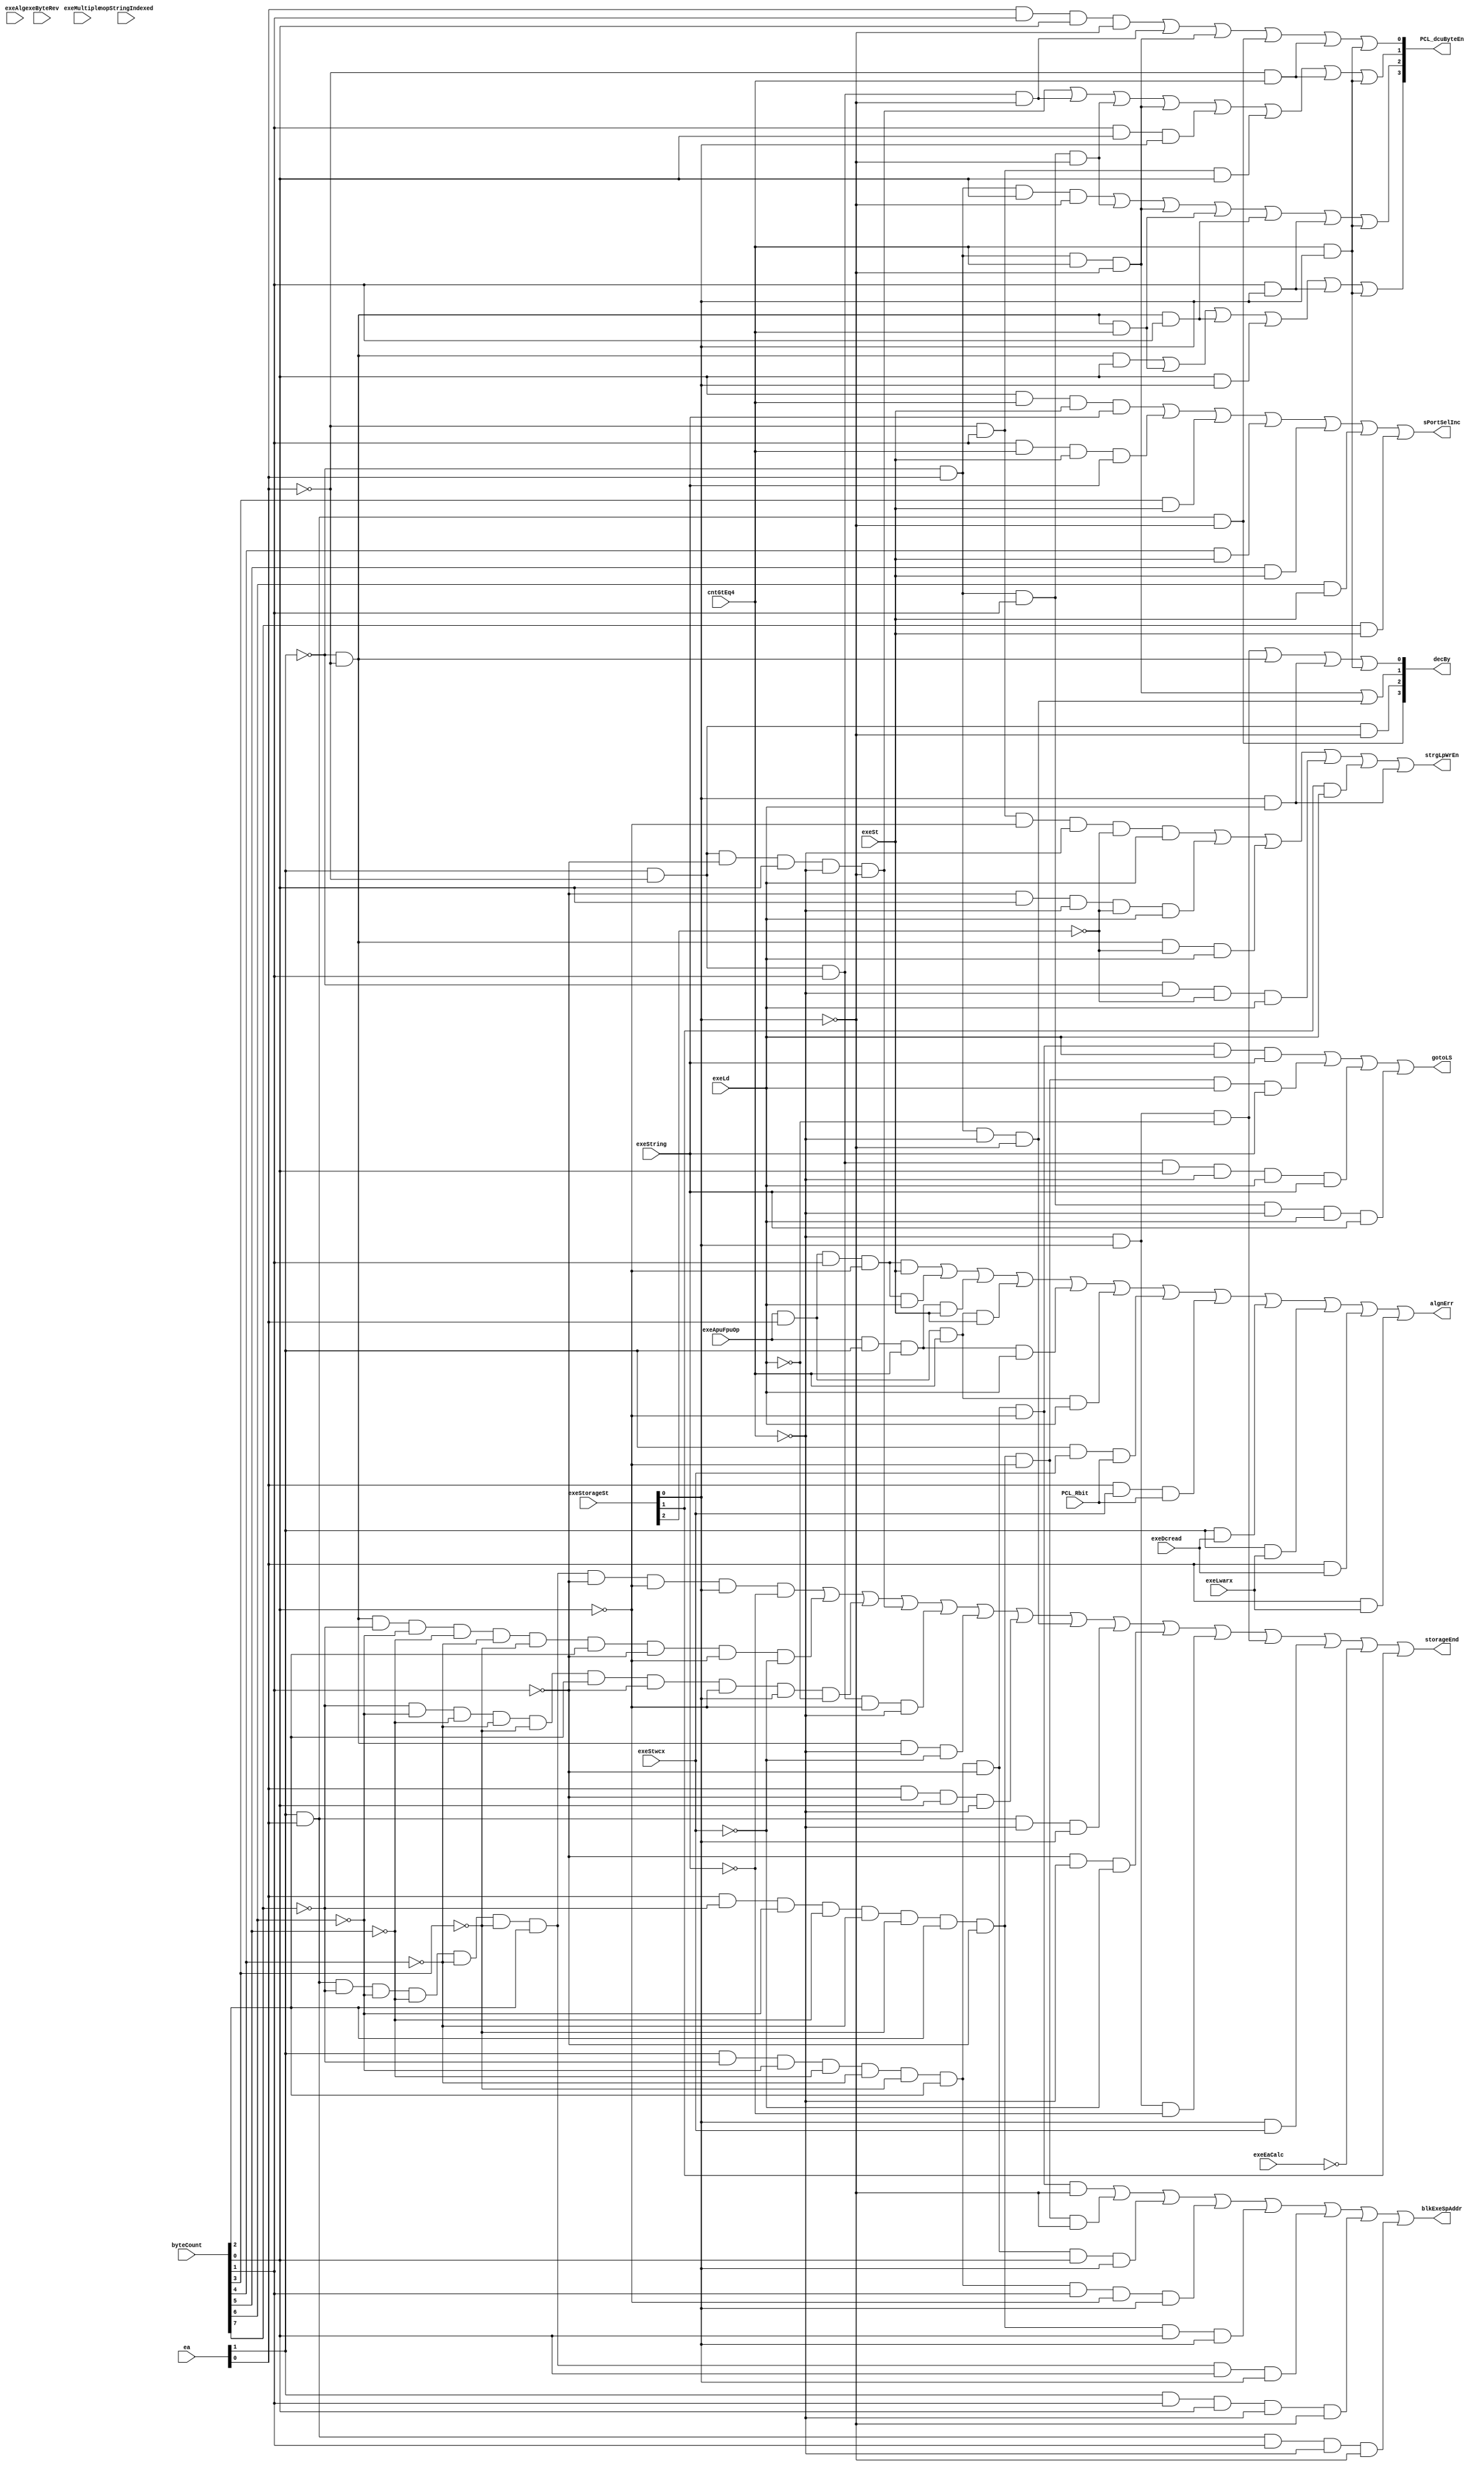
// 
// ************************************************************************** 
// 
//  Copyright (c) International Business Machines Corporation, 2005. 
// 
//  This file contains trade secrets and other proprietary and confidential 
//  information of International Business Machines Corporation which are 
//  protected by copyright and other intellectual property rights and shall 
//  not be reproduced, transferred to other documents, disclosed to others, 
//  or used for any purpose except as specifically authorized in writing by 
//  International Business Machines Corporation. This notice must be 
//  contained as part of this text at all times. 
// 
// ************************************************************************** 
//
//  from espresso format file on Tue Dec 15 20:14:55 EST 1998
// modulename is storageCntlPla
// input file is storageCntlPla.pers
// output file is storageCntlPla.v
// espresso will be called.
// ######################
// #                    #
// #  storage control   #
// #                    #
// ######################
// # the types are:
// #.f    ones=1 , zero= comp ones, dcs = null
// #        this is like a regular PLA
// #.fd   dcs = -, ones = 1 without -, zero = comp(dcs union ones)
// #        all unlisted input combinations produce a 0 output
// #        note that if an output is covered by both a - and 1, it is -
// #.fr   ones = 1, zero=0, dcs= comp(ones union zero)
// #        all unlisted input combinations are don't cares
// #        note that if an output is covered by both a 0 and 1, it is error
// #.fdr  ones = 1, zero=0, dcs=-
// #        all unlisted input combinations are ?
// #        does not say what happens if overlapping covers
// #
// # ~ in an output position means don't consider this line in generating this output.
// # synopsys does:
// #     read pla
// #     set current design
// # normally include:
//
// ##
// #
// .outputnames PCL_dcuByteEn[0:3] decBy[0:3] strgLpWrEn
// .outputnames gotoLS storageEnd sPortSelInc blkExeSpAddr algnErr
// .inputnames  exeApuFpuOp ea[0:1] byteCount[0:7] cntGtEq4 exeStorageSt[0:2]
// .inputnames  exeLd exeSt exeString exeMultiple exeByteRev exeAlg nopStringIndexed
// .inputnames  exeLwarx exeStwcx exeDcread exeEaCalc PCL_Rbit
// .type fd
// .i 27
// .o 14
// #
// #History:
// # 01/15/98 Copied from 401.
// #
// #Notes:
// # 1) During DCD the byteCount reg is loading with its initial value for strings and multiples.
// #    For loads and stores the byteCount reg is loaded with the appropriate count.
// # 2) lwarx,stwcx which are unaligned cause an alignment error.
// # 3) Non-word aligned dcreads will cause an alignment error.
// # 4) apu load/store which are unaligned cause an alignment error.
// #
// #

// # INPUTS *************************************************** OUTPUTS************************************
// # All signals are EXE stage
// #e                                                                                     b
// #x                                        n                                            l
// #e                                     A  o        e  e                                k
// #A                               M     l  p  e  e  x  x  P                          S  E
// #p                               u  B  g  S  x  x  c  e  C                          P  x
// #u               C            S  l  y  e  t  e  e  D  E  L                          M  e
// #F               n            t  t  t  b  r  L  S  c  a  _                          u  S
// #p               t  exe       r  i  e  r  I  w  t  r  C  R    DCU                   x  p  a
// #u EXE Byte      >  Strge Ld  i  p  R  a  n  a  w  e  a  b    Byte  Dec  Strg    E  S  A  l
// #O EA  Count     =  State St  n  l  e  i  d  r  c  a  l  i    En    by   Lp   gt n  e  d  g
// #P 01  01234567  4  012   LS  g  e  v  c  x  x  x  d  c  t    0123  1234 WrEn LS d  l  r  n
// #  --  --------  -  ---   --  -  -  -  -  -  -  -  -  -  -  * ----  ----  -   -  -  -  -  -
// #  Byte Enables
// #EA=00 C0-C1
// -  00  ------01  0  ---   --  -  -  -  -  -  -  -  -  -  -    1000  ~~~~  ~   ~  ~  ~  ~  ~   # count = 1
// -  00  ------10  0  ---   --  -  -  -  -  -  -  -  -  -  -    1100  ~~~~  ~   ~  ~  ~  ~  ~   # count = 2
// -  00  ------11  0  ---   --  -  -  -  -  -  -  -  -  -  -    1110  ~~~~  ~   ~  ~  ~  ~  ~   # count = 3
// -  00  --------  1  ---   --  -  -  -  -  -  -  -  -  -  -    1111  ~~~~  ~   ~  ~  ~  ~  ~   # count >= 4
// #EA=01 C0
// -  01  ------01  0  --0   --  -  -  -  -  -  -  -  -  -  -    0100  ~~~~  ~   ~  ~  ~  ~  ~   # count = 1
// -  01  ------10  0  --0   --  -  -  -  -  -  -  -  -  -  -    0110  ~~~~  ~   ~  ~  ~  ~  ~   # count = 2
// -  01  ------11  -  --0   --  -  -  -  -  -  -  -  -  -  -    0111  ~~~~  ~   ~  ~  ~  ~  ~   # count = 3
// -  01  --------  1  --0   --  -  -  -  -  -  -  -  -  -  -    0111  ~~~~  ~   ~  ~  ~  ~  ~   # count >= 4
// #EA=10 C0
// -  10  ------01  0  --0   --  -  -  -  -  -  -  -  -  -  -    0010  ~~~~  ~   ~  ~  ~  ~  ~   # count = 1
// -  10  ------1-  -  --0   --  -  -  -  -  -  -  -  -  -  -    0011  ~~~~  ~   ~  ~  ~  ~  ~   # count = 2,3
// -  10  --------  1  --0   --  -  -  -  -  -  -  -  -  -  -    0011  ~~~~  ~   ~  ~  ~  ~  ~   # count >= 4
// #EA=11 C0
// -  11  --------  -  --0   --  -  -  -  -  -  -  -  -  -  -    0001  ~~~~  ~   ~  ~  ~  ~  ~   # any count
// #any EA C1
// -  --  ------01  0  --1   --  -  -  -  -  -  -  -  -  -  -    1000  ~~~~  ~   ~  ~  ~  ~  ~   # count = 1
// -  --  ------10  0  --1   --  -  -  -  -  -  -  -  -  -  -    1100  ~~~~  ~   ~  ~  ~  ~  ~   # count = 2
// -  --  ------11  0  --1   --  -  -  -  -  -  -  -  -  -  -    1110  ~~~~  ~   ~  ~  ~  ~  ~   # count = 3
// -  --  --------  1  --1   --  -  -  -  -  -  -  -  -  -  -    1111  ~~~~  ~   ~  ~  ~  ~  ~   # count >= 4
// #
// #

// # INPUTS *************************************************** OUTPUTS*************************************
// # All signals are EXE stage
// #e                                                                                     b
// #x                                        n                                            l
// #e                                     A  o        e  e                                k
// #A                               M     l  p  e  e  x  x  P                          S  E
// #p                               u  B  g  S  x  x  c  e  C                          P  x
// #u               C            S  l  y  e  t  e  e  D  E  L                          M  e
// #F               n            t  t  t  b  r  L  S  c  a  _                          u  S
// #p               t  exe       r  i  e  r  I  w  t  r  C  R    DCU                   x  p  a
// #u EXE Byte      >  Strge Ld  i  p  R  a  n  a  w  e  a  b    Byte  Dec  strg    E  S  A  l
// #O EA  Count     =  State St  n  l  e  i  d  r  c  a  l  i    En    by   Lp   gt n  e  d  g
// #P 01  01234567  4  012   LS  g  e  v  c  x  x  x  d  c  t    0123  1234 WrEn LS d  l  r  n
// #  --  --------  -  ---   --  -  -  -  -  -  -  -  -  -  -  * ----  ----  -   -  -  -  -  -
// #  decrement determination
// -  --  --------  -  --1   --  -  -  -  -  -  -  -  -  -  -    ~~~~  0001  ~   ~  ~  ~  ~  ~   # exeC1
// #  EA=00
// -  00  --------  -  --0   --  -  -  -  -  -  -  -  -  -  -    ~~~~  0001  ~   ~  ~  ~  ~  ~   # exeC0
// #  EA=01
// -  01  --------  -  --0   --  -  -  -  -  -  -  -  -  -  -    ~~~~  0010  ~   ~  ~  ~  ~  ~   # exeC0
// #  EA=10
// -  10  --------  -  --0   --  -  -  -  -  -  -  -  -  -  -    ~~~~  0100  ~   ~  ~  ~  ~  ~   # exeC0
// #  EA=11
// -  11  --------  -  --0   --  -  -  -  -  -  -  -  -  -  -    ~~~~  1000  ~   ~  ~  ~  ~  ~   # exeC0
// #
// #  StrgLpWrEn
// -  00  --------  -  0-0   1-  -  -  -  -  -  -  -  -  -  -    ~~~~  ~~~~  1   ~  ~  ~  ~  ~   # any count
// -  01  --------  0  0-0   1-  -  -  -  -  -  -  -  -  -  -    ~~~~  ~~~~  1   ~  ~  ~  ~  ~   # count = 1,2,3
// -  10  ------01  0  0-0   1-  -  -  -  -  -  -  -  -  -  -    ~~~~  ~~~~  1   ~  ~  ~  ~  ~   # count = 1
// -  10  ------10  0  0-0   1-  -  -  -  -  -  -  -  -  -  -    ~~~~  ~~~~  1   ~  ~  ~  ~  ~   # count = 2
// -  11  ------01  0  0-0   1-  -  -  -  -  -  -  -  -  -  -    ~~~~  ~~~~  1   ~  ~  ~  ~  ~   # count = 1
// -  --  --------  -  --1   1-  -  -  -  -  -  -  -  -  -  -    ~~~~  ~~~~  1   ~  ~  ~  ~  ~   # any count
// -  --  --------  -  -1-   1-  -  -  -  -  -  -  -  -  -  -    ~~~~  ~~~~  1   ~  ~  ~  ~  ~   # any count
// #  Goto LS state
// #EA=01
// -  01  ------10  0  ---   1-  1  -  -  -  -  -  -  -  -  -    ~~~~  ~~~~  ~   1  ~  ~  ~  ~   # Goto LS.
// -  01  ------11  0  ---   1-  1  -  -  -  -  -  -  -  -  -    ~~~~  ~~~~  ~   1  ~  ~  ~  ~   # Goto LS.
// -  01  00000100  -  ---   1-  1  -  -  -  -  -  -  -  -  -    ~~~~  ~~~~  ~   1  ~  ~  ~  ~   # Goto LS.
// #EA=10
// -  10  ------11  0  ---   1-  1  -  -  -  -  -  -  -  -  -    ~~~~  ~~~~  ~   1  ~  ~  ~  ~   # Goto LS.
// -  10  00000100  -  ---   1-  1  -  -  -  -  -  -  -  -  -    ~~~~  ~~~~  ~   1  ~  ~  ~  ~   # Goto LS.
// #EA=11
// -  11  00000100  -  ---   1-  1  -  -  -  -  -  -  -  -  -    ~~~~  ~~~~  ~   1  ~  ~  ~  ~   # Goto LS.
// #

// # INPUTS **************************************************** OUTPUTS**************************************
// # All signals are EXE stage
// #e                                                                                     b
// #x                                        n                                            l
// #e                                     A  o        e  e                                k
// #A                               M     l  p  e  e  x  x  P                          S  E
// #p                               u  B  g  S  x  x  c  e  C                          P  x
// #u               C            S  l  y  e  t  e  e  D  E  L                          M  e
// #F               n            t  t  t  b  r  L  S  c  a  _                          u  S
// #p               t  exe       r  i  e  r  I  w  t  r  C  R    DCU                   x  p  a
// #u EXE Byte      >  Strge Ld  i  p  R  a  n  a  w  e  a  b    Byte  Dec  strg    E  S  A  l
// #O EA  Count     =  State St  n  l  e  i  d  r  c  a  l  i    En    by   Lp   gt n  e  d  g
// #P 01  01234567  4  012   LS  g  e  v  c  x  x  x  d  c  t    0123  1234 WrEn LS d  l  r  n
// #  --  --------  -  ---   --  -  -  -  -  -  -  -  -  -  -  * ----  ----  -   -  -  -  -  -
// #  End detection
// # Anytime LS state then End
// -  --  --------  -  -1-   --  -  -  -  -  -  -  -  -  -  -    ~~~~  ~~~~  ~   ~  1  ~  ~  ~   # Last cycle.
// # Anytime No exeEaCalc then End
// -  --  --------  -  ---   --  -  -  -  -  -  -  -  -  0  -    ~~~~  ~~~~  ~   ~  1  ~  ~  ~   # Last cycle.
// #  Anytime C0 and STWRX go to C1.
// -  --  --------  -  --0   --  -  -  -  -  -  -  1  -  -  -    ~~~~  ~~~~  ~   ~  0  ~  ~  ~   # Goto exeC1.
// -  --  --------  -  --1   --  -  -  -  -  -  -  1  -  -  -    ~~~~  ~~~~  ~   ~  1  ~  ~  ~   # Goto exeC0.
// #  Anytime count=0 then End (only occurs with strings)
// -  --  ------00  0  ---   --  -  -  -  -  -  -  0  -  -  -    ~~~~  ~~~~  ~   ~  1  ~  ~  ~   # Last cycle.
// #EA=00
// -  00  00000100  -  ---   --  -  -  -  -  -  -  0  -  -  -    ~~~~  ~~~~  ~   ~  1  ~  ~  ~   # Last cycle.
// -  00  --------  0  ---   --  -  -  -  -  -  -  0  -  -  -    ~~~~  ~~~~  ~   ~  1  ~  ~  ~   # Last cycle.
// #EA=01 C0,C1 count < 4 NOT ld string (To avoid LS state)
// -  01  --------  0  ---   --  0  -  -  -  -  -  -  -  -  -    ~~~~  ~~~~  ~   ~  1  ~  ~  ~   # Last cycle.
// -  01  --------  0  ---   0-  -  -  -  -  -  -  -  -  -  -    ~~~~  ~~~~  ~   ~  1  ~  ~  ~   # Last cycle.
// #EA=01 C1 count = 4 NOT ld string (To avoid LS state)
// -  01  00000100  -  --1   0-  -  -  -  -  -  -  -  -  -  -    ~~~~  ~~~~  ~   ~  1  ~  ~  ~   # Last cycle.
// #EA=01 C0 count < 4 ld string
// -  01  --------  0  --0   --  -  -  -  -  -  -  -  -  -  -    ~~~~  ~~~~  ~   ~  1  ~  ~  ~   # Last cycle.
// #EA=01 C1 count = 1 ld string
// -  01  ------01  0  --1   --  -  -  -  -  -  -  -  -  -  -    ~~~~  ~~~~  ~   ~  1  ~  ~  ~   # Last cycle.
// #EA=10 C0 count < 3 (Includes ld string)  See above for count=0 case.
// -  10  ------01  0  --0   --  -  -  -  -  -  -  -  -  -  -    ~~~~  ~~~~  ~   ~  1  ~  ~  ~   # Last cycle.
// -  10  ------10  0  --0   --  -  -  -  -  -  -  -  -  -  -    ~~~~  ~~~~  ~   ~  1  ~  ~  ~   # Last cycle.
// #EA=10 C1 count <= 4 NOT ld string (To avoid LS state)
// -  10  --------  0  --1   --  0  -  -  -  -  -  -  -  -  -    ~~~~  ~~~~  ~   ~  1  ~  ~  ~   # Last cycle.
// -  10  --------  0  --1   0-  -  -  -  -  -  -  -  -  -  -    ~~~~  ~~~~  ~   ~  1  ~  ~  ~   # Last cycle.
// -  10  00000100  -  --1   0-  -  -  -  -  -  -  -  -  -  -    ~~~~  ~~~~  ~   ~  1  ~  ~  ~   # Last cycle.
// #EA=10 C1 count < 3 ld string  See above for count=0 case.
// -  10  ------01  0  --1   --  -  -  -  -  -  -  -  -  -  -    ~~~~  ~~~~  ~   ~  1  ~  ~  ~   # Last cycle.
// -  10  ------10  0  --1   --  -  -  -  -  -  -  -  -  -  -    ~~~~  ~~~~  ~   ~  1  ~  ~  ~   # Last cycle.
// #EA=11 C0,C1 count = 1 (Includes ld string) See above for count=0 case.
// -  11  ------01  0  ---   --  -  -  -  -  -  -  -  -  -  -    ~~~~  ~~~~  ~   ~  1  ~  ~  ~   # Last cycle.
// #EA=11 C1 count < 4 (Includes ld string)
// -  11  --------  0  --1   --  -  -  -  -  -  -  -  -  -  -    ~~~~  ~~~~  ~   ~  1  ~  ~  ~   # Last cycle.
// #EA=11 C1 count = 4 NOT ld string (To avoid LS state)
// -  11  00000100  -  --1   --  0  -  -  -  -  -  -  -  -  -    ~~~~  ~~~~  ~   ~  1  ~  ~  ~   # Last cycle.
// -  11  00000100  -  --1   0-  -  -  -  -  -  -  -  -  -  -    ~~~~  ~~~~  ~   ~  1  ~  ~  ~   # Last cycle.
// #

// # INPUTS **************************************************** OUTPUTS**************************************
// # All signals are EXE stage
// #e                                                                                     b
// #x                                        n                                            l
// #e                                     A  o        e  e                                k
// #A                               M     l  p  e  e  x  x  P                          S  E
// #p                               u  B  g  S  x  x  c  e  C                          P  x
// #u               C            S  l  y  e  t  e  e  D  E  L                          M  e
// #F               n            t  t  t  b  r  L  S  c  a  _                          u  S
// #p               t  exe       r  i  e  r  I  w  t  r  C  R    DCU                   x  p  a
// #u EXE Byte      >  Strge Ld  i  p  R  a  n  a  w  e  a  b    Byte  Dec  strg    E  S  A  l
// #O EA  Count     =  State St  n  l  e  i  d  r  c  a  l  i    En    by   Lp   gt n  e  d  g
// #P 01  01234567  4  012   LS  g  e  v  c  x  x  x  d  c  t    0123  1234 WrEn LS d  l  r  n
// #  --  --------  -  ---   --  -  -  -  -  -  -  -  -  -  -  * ----  ----  -   -  -  -  -  -
// #
// #  SPort Addr Mux Control
// #C0orC1 count = 5,6,7 st string
// -  --  -------1  1  ---   -1  1  -  -  -  -  -  -  -  -  -    ~~~~  ~~~~  ~   ~  ~  1  ~  ~   # Sel Incr RS address
// -  --  ------1-  1  ---   -1  1  -  -  -  -  -  -  -  -  -    ~~~~  ~~~~  ~   ~  ~  1  ~  ~   # Sel Incr RS address
// #C0orC1 count >= 8 st multiple and st string
// -  --  ----1---  -  ---   -1  -  -  -  -  -  -  -  -  -  -    ~~~~  ~~~~  ~   ~  ~  1  ~  ~   # Sel Incr RS address
// -  --  ---1----  -  ---   -1  -  -  -  -  -  -  -  -  -  -    ~~~~  ~~~~  ~   ~  ~  1  ~  ~   # Sel Incr RS address
// -  --  --1-----  -  ---   -1  -  -  -  -  -  -  -  -  -  -    ~~~~  ~~~~  ~   ~  ~  1  ~  ~   # Sel Incr RS address
// -  --  -1------  -  ---   -1  -  -  -  -  -  -  -  -  -  -    ~~~~  ~~~~  ~   ~  ~  1  ~  ~   # Sel Incr RS address
// -  --  1-------  -  ---   -1  -  -  -  -  -  -  -  -  -  -    ~~~~  ~~~~  ~   ~  ~  1  ~  ~   # Sel Incr RS address
// # blkExeSpAddr
// -  01  00000100  -  --0   --  -  -  -  -  -  -  -  -  -  -    ~~~~  ~~~~  ~   ~  ~  ~  1  ~   # EA=01 & C0 & BC=4
// -  10  ------11  0  --0   --  -  -  -  -  -  -  -  -  -  -    ~~~~  ~~~~  ~   ~  ~  ~  1  ~   # EA=10 & C0 & BC=3
// -  10  00000100  -  --0   --  -  -  -  -  -  -  -  -  -  -    ~~~~  ~~~~  ~   ~  ~  ~  1  ~   # EA=10 & C0 & BC=4
// -  11  ------10  0  --0   --  -  -  -  -  -  -  -  -  -  -    ~~~~  ~~~~  ~   ~  ~  ~  1  ~   # EA=11 & C0 & BC=2
// -  11  ------11  0  --0   --  -  -  -  -  -  -  -  -  -  -    ~~~~  ~~~~  ~   ~  ~  ~  1  ~   # EA=11 & C0 & BC=3
// -  11  00000100  -  --0   --  -  -  -  -  -  -  -  -  -  -    ~~~~  ~~~~  ~   ~  ~  ~  1  ~   # EA=11 & C0 & BC=4
// -  01  00000101  -  --1   --  -  -  -  -  -  -  -  -  -  -    ~~~~  ~~~~  ~   ~  ~  ~  1  ~   # EA=01 & C1 & BC=5
// -  10  00000101  -  --1   --  -  -  -  -  -  -  -  -  -  -    ~~~~  ~~~~  ~   ~  ~  ~  1  ~   # EA=10 & C1 & BC=5
// -  10  00000110  -  --1   --  -  -  -  -  -  -  -  -  -  -    ~~~~  ~~~~  ~   ~  ~  ~  1  ~   # EA=10 & C1 & BC=6
// -  11  00000101  -  --1   --  -  -  -  -  -  -  -  -  -  -    ~~~~  ~~~~  ~   ~  ~  ~  1  ~   # EA=11 & C1 & BC=5
// -  11  00000110  -  --1   --  -  -  -  -  -  -  -  -  -  -    ~~~~  ~~~~  ~   ~  ~  ~  1  ~   # EA=11 & C1 & BC=6
// -  11  00000111  -  --1   --  -  -  -  -  -  -  -  -  -  -    ~~~~  ~~~~  ~   ~  ~  ~  1  ~   # EA=11 & C1 & BC=7
// #

// # INPUTS **************************************************** OUTPUTS**************************************
// # All signals are EXE stage
// #e                                                                                     b
// #x                                        n                                            l
// #e                                     A  o        e  e                                k
// #A                               M     l  p  e  e  x  x  P                          S  E
// #p                               u  B  g  S  x  x  c  e  C                          P  x
// #u               C            S  l  y  e  t  e  e  D  E  L                          M  e
// #F               n            t  t  t  b  r  L  S  c  a  _                          u  S
// #p               t  exe       r  i  e  r  I  w  t  r  C  R    DCU                   x  p  a
// #u DB  Byte      >  Strge Ld  i  p  R  a  n  a  w  e  a  b    Byte  Dec  strg    E  S  A  l
// #O EA  Count     =  State St  n  l  e  i  d  r  c  a  l  i    En    by   Lp   gt n  e  d  g
// #P 01  01234567  4  012   LS  g  e  v  c  x  x  x  d  c  t    0123  1234 WrEn LS d  l  r  n
// #  --  --------  -  ---   --  -  -  -  -  -  -  -  -  -  -  * ----  ----  -   -  -  -  -  -
// #  Alignment Errors
// -  -1  --------  -  ---   --  -  -  -  -  -  1  -  -  -  -    ~~~~  ~~~~  ~   ~  ~  ~  ~  1   # lwarx algnErr (Note2)
// -  1-  --------  -  ---   --  -  -  -  -  -  1  -  -  -  -    ~~~~  ~~~~  ~   ~  ~  ~  ~  1   # lwarx algnErr (Note2)
// -  -1  --------  -  ---   --  -  -  -  -  -  -  1  -  -  1    ~~~~  ~~~~  ~   ~  ~  ~  ~  1   # stwcx algnErr (Note2)
// -  1-  --------  -  ---   --  -  -  -  -  -  -  1  -  -  1    ~~~~  ~~~~  ~   ~  ~  ~  ~  1   # stwcx algnErr (Note2)
// -  -1  --------  -  ---   --  -  -  -  -  -  -  -  1  -  -    ~~~~  ~~~~  ~   ~  ~  ~  ~  1   # dcread algnErr (Note3)
// -  1-  --------  -  ---   --  -  -  -  -  -  -  -  1  -  -    ~~~~  ~~~~  ~   ~  ~  ~  ~  1   # dcread algnErr (Note3)
// 1  -1  ------10  -  ---   1-  -  -  -  -  -  -  -  -  -  -    ~~~~  ~~~~  ~   ~  ~  ~  ~  1   # APU unalgn ld hw (Note4)
// 1  -1  ------10  -  ---   -1  -  -  -  -  -  -  -  -  -  -    ~~~~  ~~~~  ~   ~  ~  ~  ~  1   # APU unalgn st hw (Note4)
// 1  -1  --------  1  ---   1-  -  -  -  -  -  -  -  -  -  -    ~~~~  ~~~~  ~   ~  ~  ~  ~  1   # APU unalgn ld wd/dw (Note4)
// 1  1-  --------  1  ---   1-  -  -  -  -  -  -  -  -  -  -    ~~~~  ~~~~  ~   ~  ~  ~  ~  1   # APU unalgn ld wd/dw (Note4)
// 1  -1  --------  1  ---   -1  -  -  -  -  -  -  -  -  -  -    ~~~~  ~~~~  ~   ~  ~  ~  ~  1   # APU unalgn st wd/dw (Note4)
// 1  1-  --------  1  ---   -1  -  -  -  -  -  -  -  -  -  -    ~~~~  ~~~~  ~   ~  ~  ~  ~  1   # APU unalgn st wd/dw (Note4)
module p405s_storageCntlPla (
PCL_dcuByteEn,
decBy,
strgLpWrEn,
gotoLS,
storageEnd,
sPortSelInc,
blkExeSpAddr,
algnErr,
exeApuFpuOp,
ea,
byteCount,
cntGtEq4,
exeStorageSt,
exeLd,
exeSt,
exeString,
exeMultiple,
exeByteRev,
exeAlg,
nopStringIndexed,
exeLwarx,
exeStwcx,
exeDcread,
exeEaCalc,
PCL_Rbit);

output [0:3] PCL_dcuByteEn;
output [0:3] decBy;
output  strgLpWrEn;
output  gotoLS;
output  storageEnd;
output  sPortSelInc;
output  blkExeSpAddr;
output  algnErr;

input  exeApuFpuOp;
input [0:1] ea;
input [0:7] byteCount;
input  cntGtEq4;
input [0:2] exeStorageSt;
input  exeLd;
input  exeSt;
input  exeString;
input  exeMultiple;
input  exeByteRev;
input  exeAlg;
input  nopStringIndexed;
input  exeLwarx;
input  exeStwcx;
input  exeDcread;
input  exeEaCalc;
input  PCL_Rbit;

wire [0:1] not_ea;
wire [0:7] not_byteCount;
wire  not_cntGtEq4;
wire [0:2] not_exeStorageSt;
wire  not_exeLd;
wire  not_exeString;
wire  not_exeStwcx;
wire  not_exeEaCalc;

wire [0:68] pterm;

assign not_ea[0] = ~(ea[0]);
assign not_ea[1] = ~(ea[1]);
assign not_byteCount[0] = ~(byteCount[0]);
assign not_byteCount[1] = ~(byteCount[1]);
assign not_byteCount[2] = ~(byteCount[2]);
assign not_byteCount[3] = ~(byteCount[3]);
assign not_byteCount[4] = ~(byteCount[4]);
assign not_byteCount[6] = ~(byteCount[6]);
assign not_byteCount[7] = ~(byteCount[7]);
assign not_cntGtEq4 = ~(cntGtEq4);
assign not_exeStorageSt[0] = ~(exeStorageSt[0]);
assign not_exeStorageSt[2] = ~(exeStorageSt[2]);
assign not_exeLd = ~(exeLd);
assign not_exeString = ~(exeString);
assign not_exeStwcx = ~(exeStwcx);
assign not_exeEaCalc = ~(exeEaCalc);

// AND array expressions and reprint of all terms
// <0> -1100000100---1--0--------- 00000000001000
assign pterm[0] = (ea[0] & ea[1] & not_byteCount[0] & not_byteCount[1] & 
   not_byteCount[2] & not_byteCount[3] & not_byteCount[4] & byteCount[5] & 
   not_byteCount[6] & not_byteCount[7] & exeStorageSt[2] & not_exeString);
// <1> -1-00000100----1-1--------- 00000000010000
assign pterm[1] = (ea[0] & not_byteCount[0] & not_byteCount[1] & not_byteCount[2] & 
   not_byteCount[3] & not_byteCount[4] & byteCount[5] & not_byteCount[6] & 
   not_byteCount[7] & exeLd & exeString);
// <2> --100000100----1-1--------- 00000000010000
assign pterm[2] = (ea[1] & not_byteCount[0] & not_byteCount[1] & not_byteCount[2] & 
   not_byteCount[3] & not_byteCount[4] & byteCount[5] & not_byteCount[6] & 
   not_byteCount[7] & exeLd & exeString);
// <3> -0000000100------------0--- 00000000001000
assign pterm[3] = (not_ea[0] & not_ea[1] & not_byteCount[0] & not_byteCount[1] & 
   not_byteCount[2] & not_byteCount[3] & not_byteCount[4] & byteCount[5] & 
   not_byteCount[6] & not_byteCount[7] & not_exeStwcx);
// <4> ---00000100---10----------- 00000000001000
assign pterm[4] = (not_byteCount[0] & not_byteCount[1] & not_byteCount[2] & 
   not_byteCount[3] & not_byteCount[4] & byteCount[5] & not_byteCount[6] & 
   not_byteCount[7] & exeStorageSt[2] & not_exeLd);
// <5> -1-00000100---0------------ 00000000000010
assign pterm[5] = (ea[0] & not_byteCount[0] & not_byteCount[1] & not_byteCount[2] & 
   not_byteCount[3] & not_byteCount[4] & byteCount[5] & not_byteCount[6] & 
   not_byteCount[7] & not_exeStorageSt[2]);
// <6> --100000100---0------------ 00000000000010
assign pterm[6] = (ea[1] & not_byteCount[0] & not_byteCount[1] & not_byteCount[2] & 
   not_byteCount[3] & not_byteCount[4] & byteCount[5] & not_byteCount[6] & 
   not_byteCount[7] & not_exeStorageSt[2]);
// <7> -1-00000101---1------------ 00000000000010
assign pterm[7] = (ea[0] & not_byteCount[0] & not_byteCount[1] & not_byteCount[2] & 
   not_byteCount[3] & not_byteCount[4] & byteCount[5] & not_byteCount[6] & 
   byteCount[7] & exeStorageSt[2]);
// <8> -1-00000110---1------------ 00000000000010
assign pterm[8] = (ea[0] & not_byteCount[0] & not_byteCount[1] & not_byteCount[2] & 
   not_byteCount[3] & not_byteCount[4] & byteCount[5] & byteCount[6] & 
   not_byteCount[7] & exeStorageSt[2]);
// <9> --100000101---1------------ 00000000000010
assign pterm[9] = (ea[1] & not_byteCount[0] & not_byteCount[1] & not_byteCount[2] & 
   not_byteCount[3] & not_byteCount[4] & byteCount[5] & not_byteCount[6] & 
   byteCount[7] & exeStorageSt[2]);
// <10> -11000001-1---1------------ 00000000000010
assign pterm[10] = (ea[0] & ea[1] & not_byteCount[0] & not_byteCount[1] & 
   not_byteCount[2] & not_byteCount[3] & not_byteCount[4] & byteCount[5] & 
   byteCount[7] & exeStorageSt[2]);
// <11> -10------110---1-1--------- 00000000010000
assign pterm[11] = (ea[0] & not_ea[1] & byteCount[6] & byteCount[7] & not_cntGtEq4 & 
   exeLd & exeString);
// <12> --0------1000--1----------- 00000000100000
assign pterm[12] = (not_ea[1] & byteCount[6] & not_byteCount[7] & not_cntGtEq4 & 
   not_exeStorageSt[0] & exeLd);
// <13> -01------1-0---1-1--------- 00000000010000
assign pterm[13] = (not_ea[0] & ea[1] & byteCount[6] & not_cntGtEq4 & exeLd & 
   exeString);
// <14> -10------010--0------------ 00100000001000
assign pterm[14] = (ea[0] & not_ea[1] & not_byteCount[6] & byteCount[7] & not_cntGtEq4 & 
   not_exeStorageSt[2]);
// <15> ---------0100--1----------- 00000000100000
assign pterm[15] = (not_byteCount[6] & byteCount[7] & not_cntGtEq4 & 
   not_exeStorageSt[0] & exeLd);
// <16> 1-1------10-----1---------- 00000000000001
assign pterm[16] = (exeApuFpuOp & ea[1] & byteCount[6] & not_byteCount[7] & exeSt);
// <17> 1-1------10----1----------- 00000000000001
assign pterm[17] = (exeApuFpuOp & ea[1] & byteCount[6] & not_byteCount[7] & exeLd);
// <18> -1-------110--0------------ 00000000000010
assign pterm[18] = (ea[0] & byteCount[6] & byteCount[7] & not_cntGtEq4 & 
   not_exeStorageSt[2]);
// <19> -10------100--------------- 00000000001000
assign pterm[19] = (ea[0] & not_ea[1] & byteCount[6] & not_byteCount[7] & 
   not_cntGtEq4);
// <20> -11------1-0--0------------ 00000000000010
assign pterm[20] = (ea[0] & ea[1] & byteCount[6] & not_cntGtEq4 & 
   not_exeStorageSt[2]);
// <21> ----------11----11--------- 00000000000100
assign pterm[21] = (byteCount[7] & cntGtEq4 & exeSt & exeString);
// <22> ---------1-1----11--------- 00000000000100
assign pterm[22] = (byteCount[6] & cntGtEq4 & exeSt & exeString);
// <23> -00---------0--1----------- 00000000100000
assign pterm[23] = (not_ea[0] & not_ea[1] & not_exeStorageSt[0] & exeLd);
// <24> -0---------00--1----------- 00000000100000
assign pterm[24] = (not_ea[0] & not_cntGtEq4 & not_exeStorageSt[0] & exeLd);
// <25> 11---------1----1---------- 00000000000001
assign pterm[25] = (exeApuFpuOp & ea[0] & cntGtEq4 & exeSt);
// <26> 1-1--------1----1---------- 00000000000001
assign pterm[26] = (exeApuFpuOp & ea[1] & cntGtEq4 & exeSt);
// <27> 11---------1---1----------- 00000000000001
assign pterm[27] = (exeApuFpuOp & ea[0] & cntGtEq4 & exeLd);
// <28> -00--------0-----------0--- 00000000001000
assign pterm[28] = (not_ea[0] & not_ea[1] & not_cntGtEq4 & not_exeStwcx);
// <29> 1-1--------1---1----------- 00000000000001
assign pterm[29] = (exeApuFpuOp & ea[1] & cntGtEq4 & exeLd);
// <30> -01-------1---0------------ 01000000000000
assign pterm[30] = (not_ea[0] & ea[1] & byteCount[7] & not_exeStorageSt[2]);
// <31> --1------11---0------------ 00010000000000
assign pterm[31] = (ea[1] & byteCount[6] & byteCount[7] & not_exeStorageSt[2]);
// <32> -10------1----0------------ 00110000000000
assign pterm[32] = (ea[0] & not_ea[1] & byteCount[6] & not_exeStorageSt[2]);
// <33> -01------1----0------------ 01100000000000
assign pterm[33] = (not_ea[0] & ea[1] & byteCount[6] & not_exeStorageSt[2]);
// <34> -01--------1--0------------ 01110010000000
assign pterm[34] = (not_ea[0] & ea[1] & cntGtEq4 & not_exeStorageSt[2]);
// <35> --1------010--------------- 00000000001000
assign pterm[35] = (ea[1] & not_byteCount[6] & byteCount[7] & not_cntGtEq4);
// <36> -01--------0--0------------ 00000010001000
assign pterm[36] = (not_ea[0] & ea[1] & not_cntGtEq4 & not_exeStorageSt[2]);
// <37> -11--------0--1------------ 00000000001000
assign pterm[37] = (ea[0] & ea[1] & not_cntGtEq4 & exeStorageSt[2]);
// <38> -1---------------------1--1 00000000000001
assign pterm[38] = (ea[0] & exeStwcx & PCL_Rbit);
// <39> --1--------------------1--1 00000000000001
assign pterm[39] = (ea[1] & exeStwcx & PCL_Rbit);
// <40> ---------0-0-----------0--- 00000000001000
assign pterm[40] = (not_byteCount[6] & not_cntGtEq4 & not_exeStwcx);
// <41> -----------0--1--0--------- 00000000001000
assign pterm[41] = (not_cntGtEq4 & exeStorageSt[2] & not_exeString);
// <42> -00-------1---------------- 10000000000000
assign pterm[42] = (not_ea[0] & not_ea[1] & byteCount[7]);
// <43> -10-----------0------------ 00000100000000
assign pterm[43] = (ea[0] & not_ea[1] & not_exeStorageSt[2]);
// <44> -00--------1--------------- 11000000000000
assign pterm[44] = (not_ea[0] & not_ea[1] & cntGtEq4);
// <45> -----------0--10----------- 00000001001000
assign pterm[45] = (not_cntGtEq4 & exeStorageSt[2] & not_exeLd);
// <46> ---------11---1------------ 00100000000000
assign pterm[46] = (byteCount[6] & byteCount[7] & exeStorageSt[2]);
// <47> --0------11---------------- 00100000000000
assign pterm[47] = (not_ea[1] & byteCount[6] & byteCount[7]);
// <48> -00------1----------------- 11000000000000
assign pterm[48] = (not_ea[0] & not_ea[1] & byteCount[6]);
// <49> -11-----------0------------ 00011000000000
assign pterm[49] = (ea[0] & ea[1] & not_exeStorageSt[2]);
// <50> -------1--------1---------- 00000000000100
assign pterm[50] = (byteCount[4] & exeSt);
// <51> ------1---------1---------- 00000000000100
assign pterm[51] = (byteCount[3] & exeSt);
// <52> -----1----------1---------- 00000000000100
assign pterm[52] = (byteCount[2] & exeSt);
// <53> ----1-----------1---------- 00000000000100
assign pterm[53] = (byteCount[1] & exeSt);
// <54> ---1------------1---------- 00000000000100
assign pterm[54] = (byteCount[0] & exeSt);
// <55> -------------1-1----------- 00000000100000
assign pterm[55] = (exeStorageSt[1] & exeLd);
// <56> -00------------------------ 00000001000000
assign pterm[56] = (not_ea[0] & not_ea[1]);
// <57> --------------1--------1--- 00000000001000
assign pterm[57] = (exeStorageSt[2] & exeStwcx);
// <58> -1----------------------1-- 00000000000001
assign pterm[58] = (ea[0] & exeDcread);
// <59> -1--------------------1---- 00000000000001
assign pterm[59] = (ea[0] & exeLwarx);
// <60> ----------1---1------------ 10000000000000
assign pterm[60] = (byteCount[7] & exeStorageSt[2]);
// <61> --1---------------------1-- 00000000000001
assign pterm[61] = (ea[1] & exeDcread);
// <62> --1-------------------1---- 00000000000001
assign pterm[62] = (ea[1] & exeLwarx);
// <63> --------------11----------- 00000001100000
assign pterm[63] = (exeStorageSt[2] & exeLd);
// <64> --0--------1--------------- 00110000000000
assign pterm[64] = (not_ea[1] & cntGtEq4);
// <65> ---------1----1------------ 11000000000000
assign pterm[65] = (byteCount[6] & exeStorageSt[2]);
// <66> -----------1--1------------ 11110001000000
assign pterm[66] = (cntGtEq4 & exeStorageSt[2]);
// <67> -------------------------0- 00000000001000
assign pterm[67] = (not_exeEaCalc);
// <68> -------------1------------- 00000000001000
assign pterm[68] = (exeStorageSt[1]);

// OR array expressions
assign PCL_dcuByteEn[0] = (pterm[42] | pterm[44] | pterm[48] | pterm[60] | pterm[65] | 
   pterm[66]);
assign PCL_dcuByteEn[1] = (pterm[30] | pterm[33] | pterm[34] | pterm[44] | pterm[48] | 
   pterm[65] | pterm[66]);
assign PCL_dcuByteEn[2] = (pterm[14] | pterm[32] | pterm[33] | pterm[34] | pterm[46] | 
   pterm[47] | pterm[64] | pterm[66]);
assign PCL_dcuByteEn[3] = (pterm[31] | pterm[32] | pterm[34] | pterm[49] | pterm[64] | 
   pterm[66]);
assign decBy[0] = (pterm[49]);
assign decBy[1] = (pterm[43]);
assign decBy[2] = (pterm[34] | pterm[36]);
assign decBy[3] = (pterm[45] | pterm[56] | pterm[63] | pterm[66]);
assign strgLpWrEn = (pterm[12] | pterm[15] | pterm[23] | pterm[24] | pterm[55] | 
   pterm[63]);
assign gotoLS = (pterm[1] | pterm[2] | pterm[11] | pterm[13]);
assign storageEnd = (pterm[0] | pterm[3] | pterm[4] | pterm[14] | pterm[19] | pterm[28] | 
   pterm[35] | pterm[36] | pterm[37] | pterm[40] | pterm[41] | pterm[45] | pterm[57] | 
   pterm[67] | pterm[68]);
assign sPortSelInc = (pterm[21] | pterm[22] | pterm[50] | pterm[51] | pterm[52] | 
   pterm[53] | pterm[54]);
assign blkExeSpAddr = (pterm[5] | pterm[6] | pterm[7] | pterm[8] | pterm[9] | pterm[10] | 
   pterm[18] | pterm[20]);
assign algnErr = (pterm[16] | pterm[17] | pterm[25] | pterm[26] | pterm[27] | pterm[29] | 
   pterm[38] | pterm[39] | pterm[58] | pterm[59] | pterm[61] | pterm[62]);

endmodule